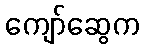
ကျော်ဆွေက